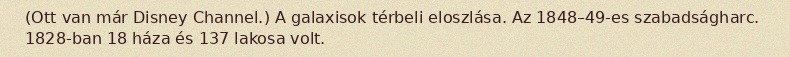
(Ott van már Disney Channel.) A galaxisok térbeli eloszlása. Az 1848–49-es szabadságharc. 1828-ban 18 háza és 137 lakosa volt.